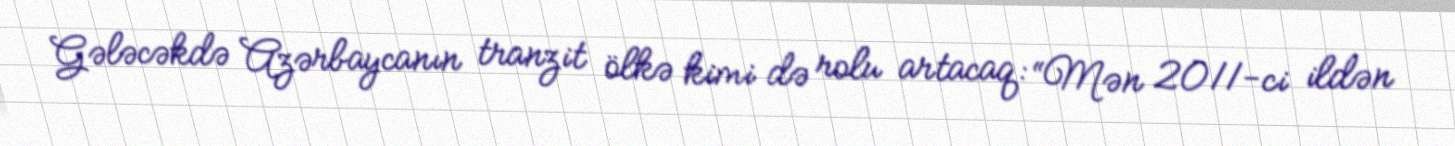
Gələcəkdə Azərbaycanın tranzit ölkə kimi də rolu artacaq: “Mən 2011-ci ildən